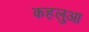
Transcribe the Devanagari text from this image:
कहलुआ